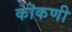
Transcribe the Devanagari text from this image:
कॊकणी